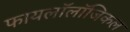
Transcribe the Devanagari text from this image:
फायलॉलॉजिकल